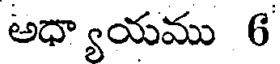
అధ్యాయము 6